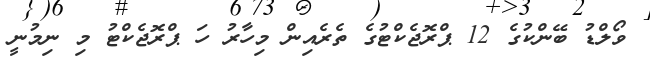
ވޯލްޑު ބޭންކުގެ 12 ޕްރޮޖެކްޓުގެ ތެރެއިން މިހާރު ހަ ޕްރޮޖެކްޓު މި ނިމުނީ